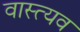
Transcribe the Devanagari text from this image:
वास्त्यव